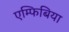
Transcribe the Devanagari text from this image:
एम्फिबिया